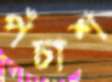
পঁচাশ